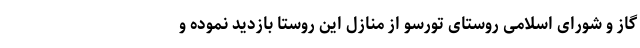
گاز و شورای اسلامی روستای تورسو از منازل این روستا بازدید نموده و